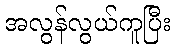
အလွန်လွယ်ကူပြီး